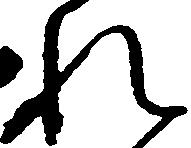
れ